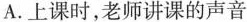
A. 上课时，老师讲课的声音